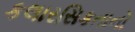
કલારસિકતાનો